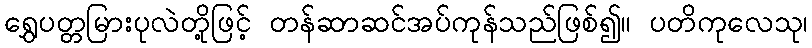
ရွှေပတ္တမြားပုလဲတို့ဖြင့် တန်ဆာဆင်အပ်ကုန်သည်ဖြစ်၍။ ပတိကုလေသု၊